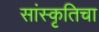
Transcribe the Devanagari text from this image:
सांस्कृतिचा